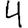
Digit: 4